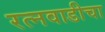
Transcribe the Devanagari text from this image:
रत्नवाडीचा